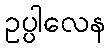
ဥပ္ပါလေန